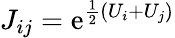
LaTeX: J_{ij}=\mathrm{e}^{\frac{{1}}{{2}}(U_{i}+U_{j})}